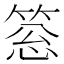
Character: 𥮨